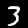
Label: 3